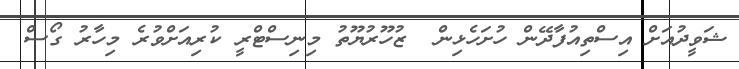
ޝަވީދުއަށް އިސްތިއުފާދޭން ހުށަހެޅިން  ޒުހޫރުޔޫތު މިނިސްޓްރީ ކުރިއަށްވުރެ މިހާރު ގޯސް